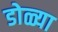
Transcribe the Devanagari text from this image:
डोळ्या